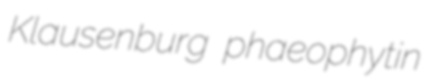
Klausenburg phaeophytin